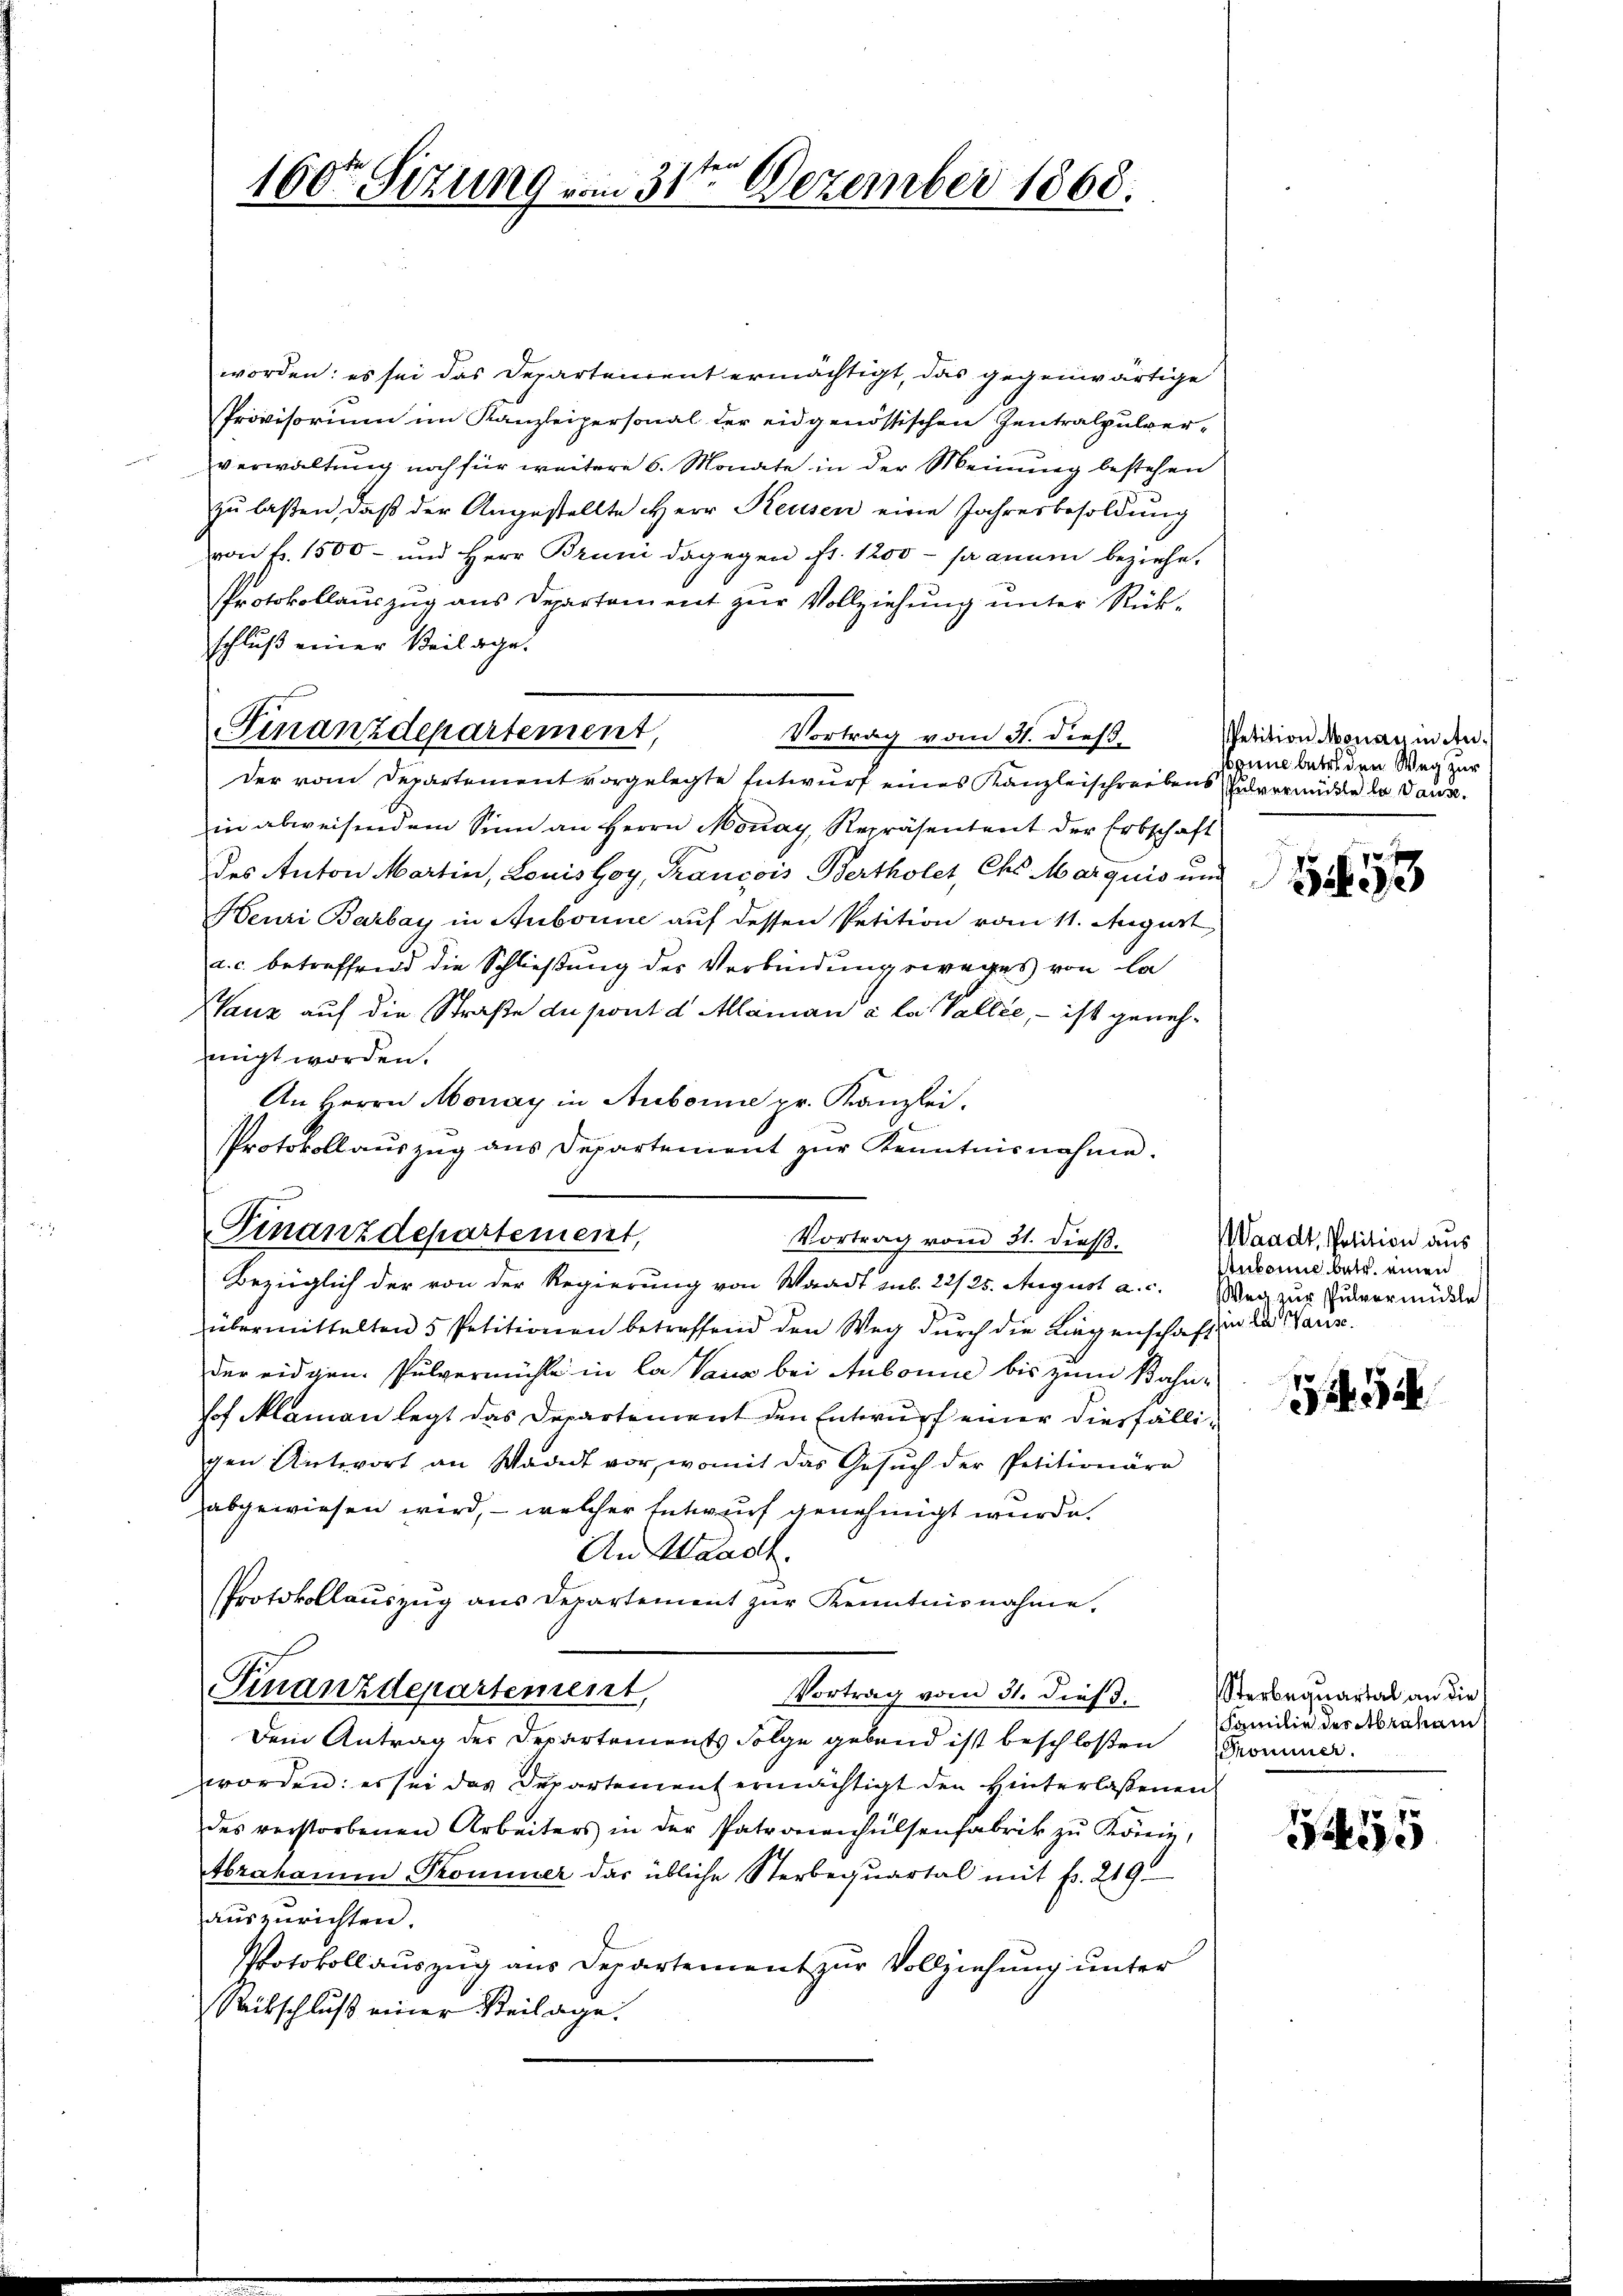
160ten Sizung vom 31te͇n Dezember 1868.

worden: es sei das Departement ermächtigt, das gegenwärtige
Provisorium im Kanzleipersonal der eidgenössischen Zentralpulver-
verwaltung noch für weitere 6. Monate in der Meinung bestehen
zu laßen, daß der Angestellte Herr Reusen eine Jahresbesoldung
von fr. 1500 - und Herr Bruni dagegen fr. 1200 - sa anum beziehe.
Protokollauszug aus Departament zur Vollziehung unter Rückschluß einer Beilage.
Vortrag vom 31. dieß
Der vom Departement vorgelegte Entwurf eines Kanzleischreibens übermüde la dann
in abweisendem Sinn an Herrn Monay, Repräsentent der Erbschaft
Des Anton Martin, Louis Goy, Francois Bertholet, Chs Marquis und
Henri Barbay in Subonne auf dessen Petition vom 11. August,
a. c. betreffend die Schließung des Verbindungsweges von la
Vauz auf die Straße du port d. Alaman à la Vallée, – ist geneheigt worden.
Im Herrn Monay in Aubonne pr. Kanzlei.
Protokollauszug aus Departement zŭr Kenntnisnahme.
Finanzdepartement,
Vortrag vom 31. dieß.
Bezüglich der von der Regierung von Waadt sub. 22/25. August a. c. Weg zur Zuvermeidle
übermittelten 5 Petitionen betreffend den Weg durch die Liegenschaft in des Marie
der eidgen. Pulvermühle in la Vaus bei Aubonne bis zum Bahnhof Mlaman legt das Departement den Entwurf einer diesfälligen Antwort an Waadt vor, womit das Gesŭch der Petitionäre
abgewiesen wird, – welcher Entwurf genehmigt wurde.
An Waadt.
Protokollauszug aus Departement zŭr Kenntnisnahme.
Finanzdepartement,
Vortrag vom 31. Diess.
Dem Antrag der Departements Folge gebend ist beschloßen Promuner
worden: es sei das Departement ermächtigt den Hinterlassenen
des verstorbenen Arbeiters in der Patronenhülsenfabrik zŭ König,
Abraham Prominer das übliche Sterbeqŭartal mit fr. 219.
auszurichten.
Protokollauszug aus Departement zur Vollziehung unter
Ritschluß einer Steilage.

Finanzdepartement,

Petition Monay in Ansonne betr. den Weg zur

1853

Waadt, Polition aus
Ankönne betr. einen

1243

Sterbequartal an die
Familie des Abraham

1255